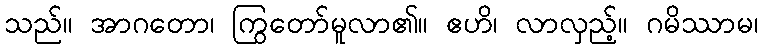
သည်။ အာဂတော၊ ကြွတော်မူလာ၏။ ဧဟိ၊ လာလှည့်။ ဂမိဿာမ၊